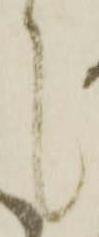
候